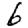
Digit: 6